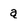
Character: a